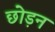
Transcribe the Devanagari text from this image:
छोड़न